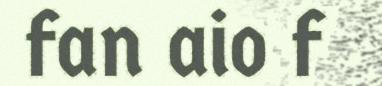
fan aio f